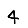
Digit: 4